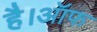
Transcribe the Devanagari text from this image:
है।ऑफ